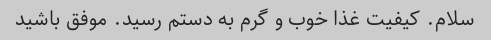
سلام. کیفیت غذا خوب و گرم به دستم رسید. موفق باشید